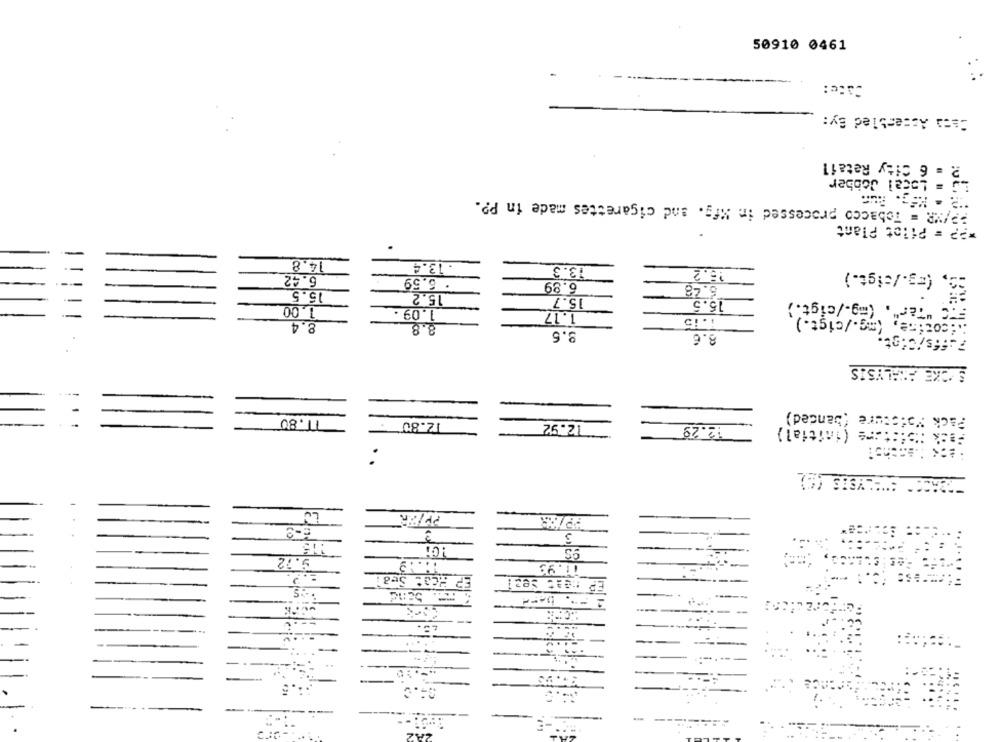
50910 0461
Ceca Assembled By:
2. = 6 City Retail
i= Local Jobber
PP/VR = Tobacco processed in Rifg. and cigarettes made in P ?.
*?? = Pilot Plant
14.8
. 13.4
13.3
15.2
(mg./sigt.)
6.42
. 6.59
6.89
15.5
6.48
15.2
15.7
15.5
". (mg-/cigt.)
1.00
1.09 .
1.17
1.15
C "Ta (W/cist.)
8.4
8.8
9.5
8.6
Fiffs/Cigt.
STOKE ANALYSIS
(banded)
77.80
12.80
Pack Yois:
12.92
12.29
(initial)
..
Co
...
9.72
11.99
EP HCO: S
..
5and
::
....